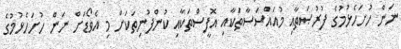
ނަން ހުށަހެޅުމުގެ ފުރުޞަތާއި މުއައްސަސާތަކާއި އޮފީސްތަކާއި ކުންފުނިތަކަށް މި އެވޯޑަށް ނަން ހުށަހެޅުމުގެ